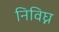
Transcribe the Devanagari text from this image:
निविघ्न